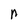
Character: n